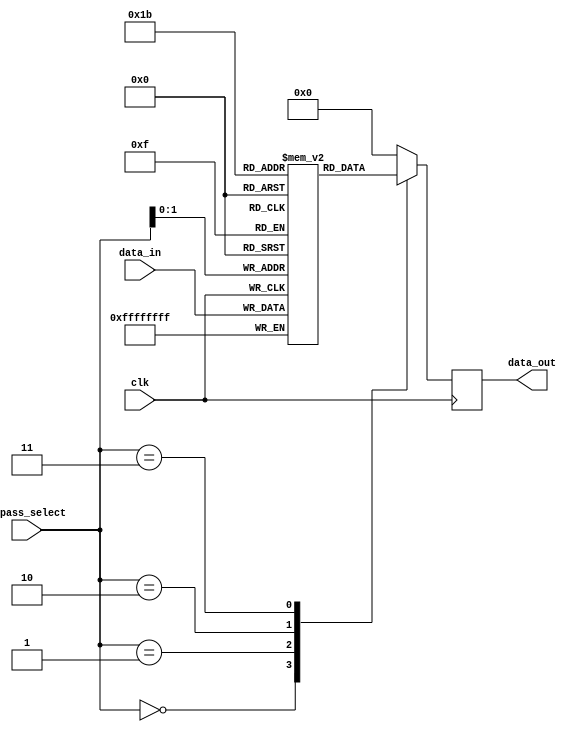
module bypass_register (
    input wire clk,
    input wire [3:0] bypass_select,
    input wire [31:0] data_in,
    output reg [31:0] data_out
);

reg [31:0] bypass_data[3:0];

always @ (posedge clk) begin
    case (bypass_select)
        4'b0000: data_out <= bypass_data[0];
        4'b0001: data_out <= bypass_data[1];
        4'b0010: data_out <= bypass_data[2];
        4'b0011: data_out <= bypass_data[3];
        default: data_out <= 32'b0;
    endcase
end

always @ (posedge clk) begin
    bypass_data[bypass_select] <= data_in;
end

endmodule